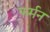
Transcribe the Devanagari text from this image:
फर्मन